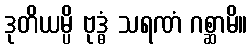
ဒုတိယမ္ပိ ဗုဒ္ဓံ သရဏံ ဂစ္ဆာမိ။